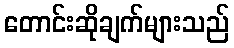
တောင်းဆိုချက်များသည်